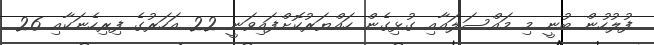
ފުލުހުން ބުނީ މި މައްސަލައާއި ގުޅިގެން ހައްޔަރުކޮށްފައިވަނީ 22 އަހަރުގެ ފިރިހެނަކާއި 26